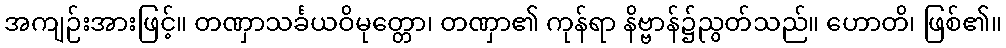
အကျဉ်းအားဖြင့်။ တဏှာသင်္ခယဝိမုတ္တော၊ တဏှာ၏ ကုန်ရာ နိဗ္ဗာန်၌ညွတ်သည်။ ဟောတိ၊ ဖြစ်၏။